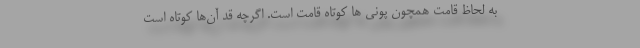
به لحاظ قامت همچون پونی ها کوتاه قامت است. اگرچه قد آن‌ها کوتاه است